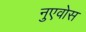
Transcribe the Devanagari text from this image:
नुएवोस